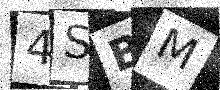
Text: 4SBM